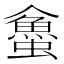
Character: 𧓀